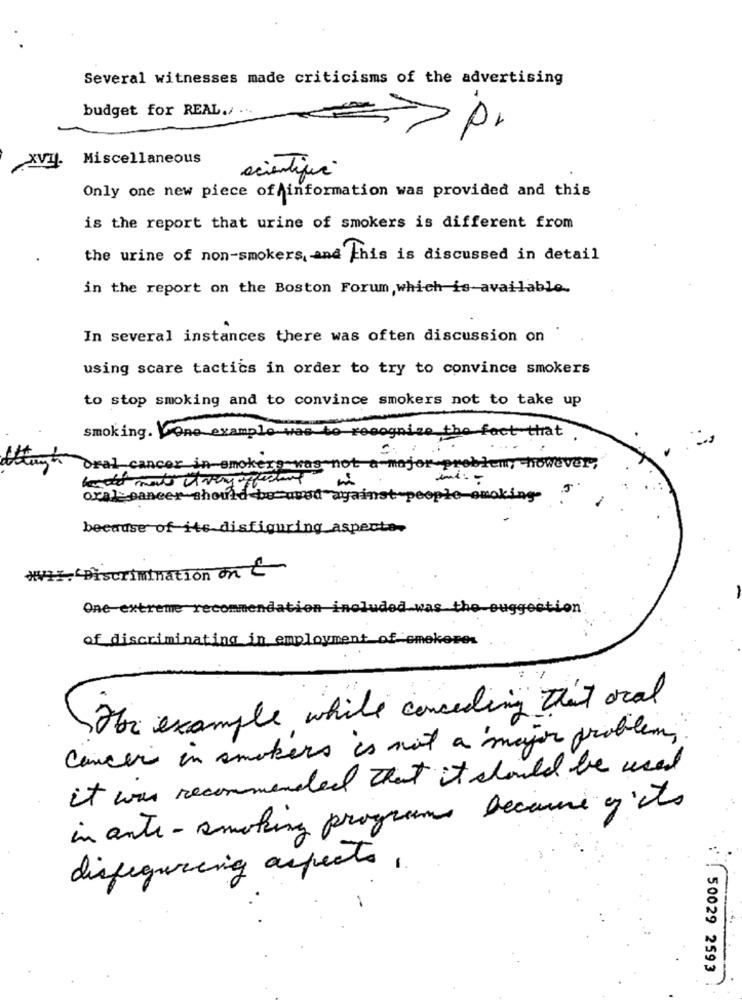
Several witnesses made criticisms of the advertising
budget for REAL./
pr
Miscellaneous
scientique
Only one new piece of information was provided and this
is the report that urine of smokers is different from
the urine of non-smokers, and This is discussed in detail
in the report on the Boston Forum, which is available.
In several instances there was often discussion on
using scare tactics in order to try to convince smokers
to stop smoking and to convince smokers not to take up
smoking. VOne example was to re
eognise the fact that .
Oral cancer in smokers was not a major problem, however,
oral paneer should be used against
copie-omaking-
because of its disfiguring_aspects-
***. Discrimination on &
One-extreme recommendation included was the suggestion
of discriminating in employment of emekere.
The example while conceding that oral
Cancer in smokers is not a major problem,
it was recommended that it should be used
in aute- smoking programs became c'ets
disfiguring aspects,
50029 2593